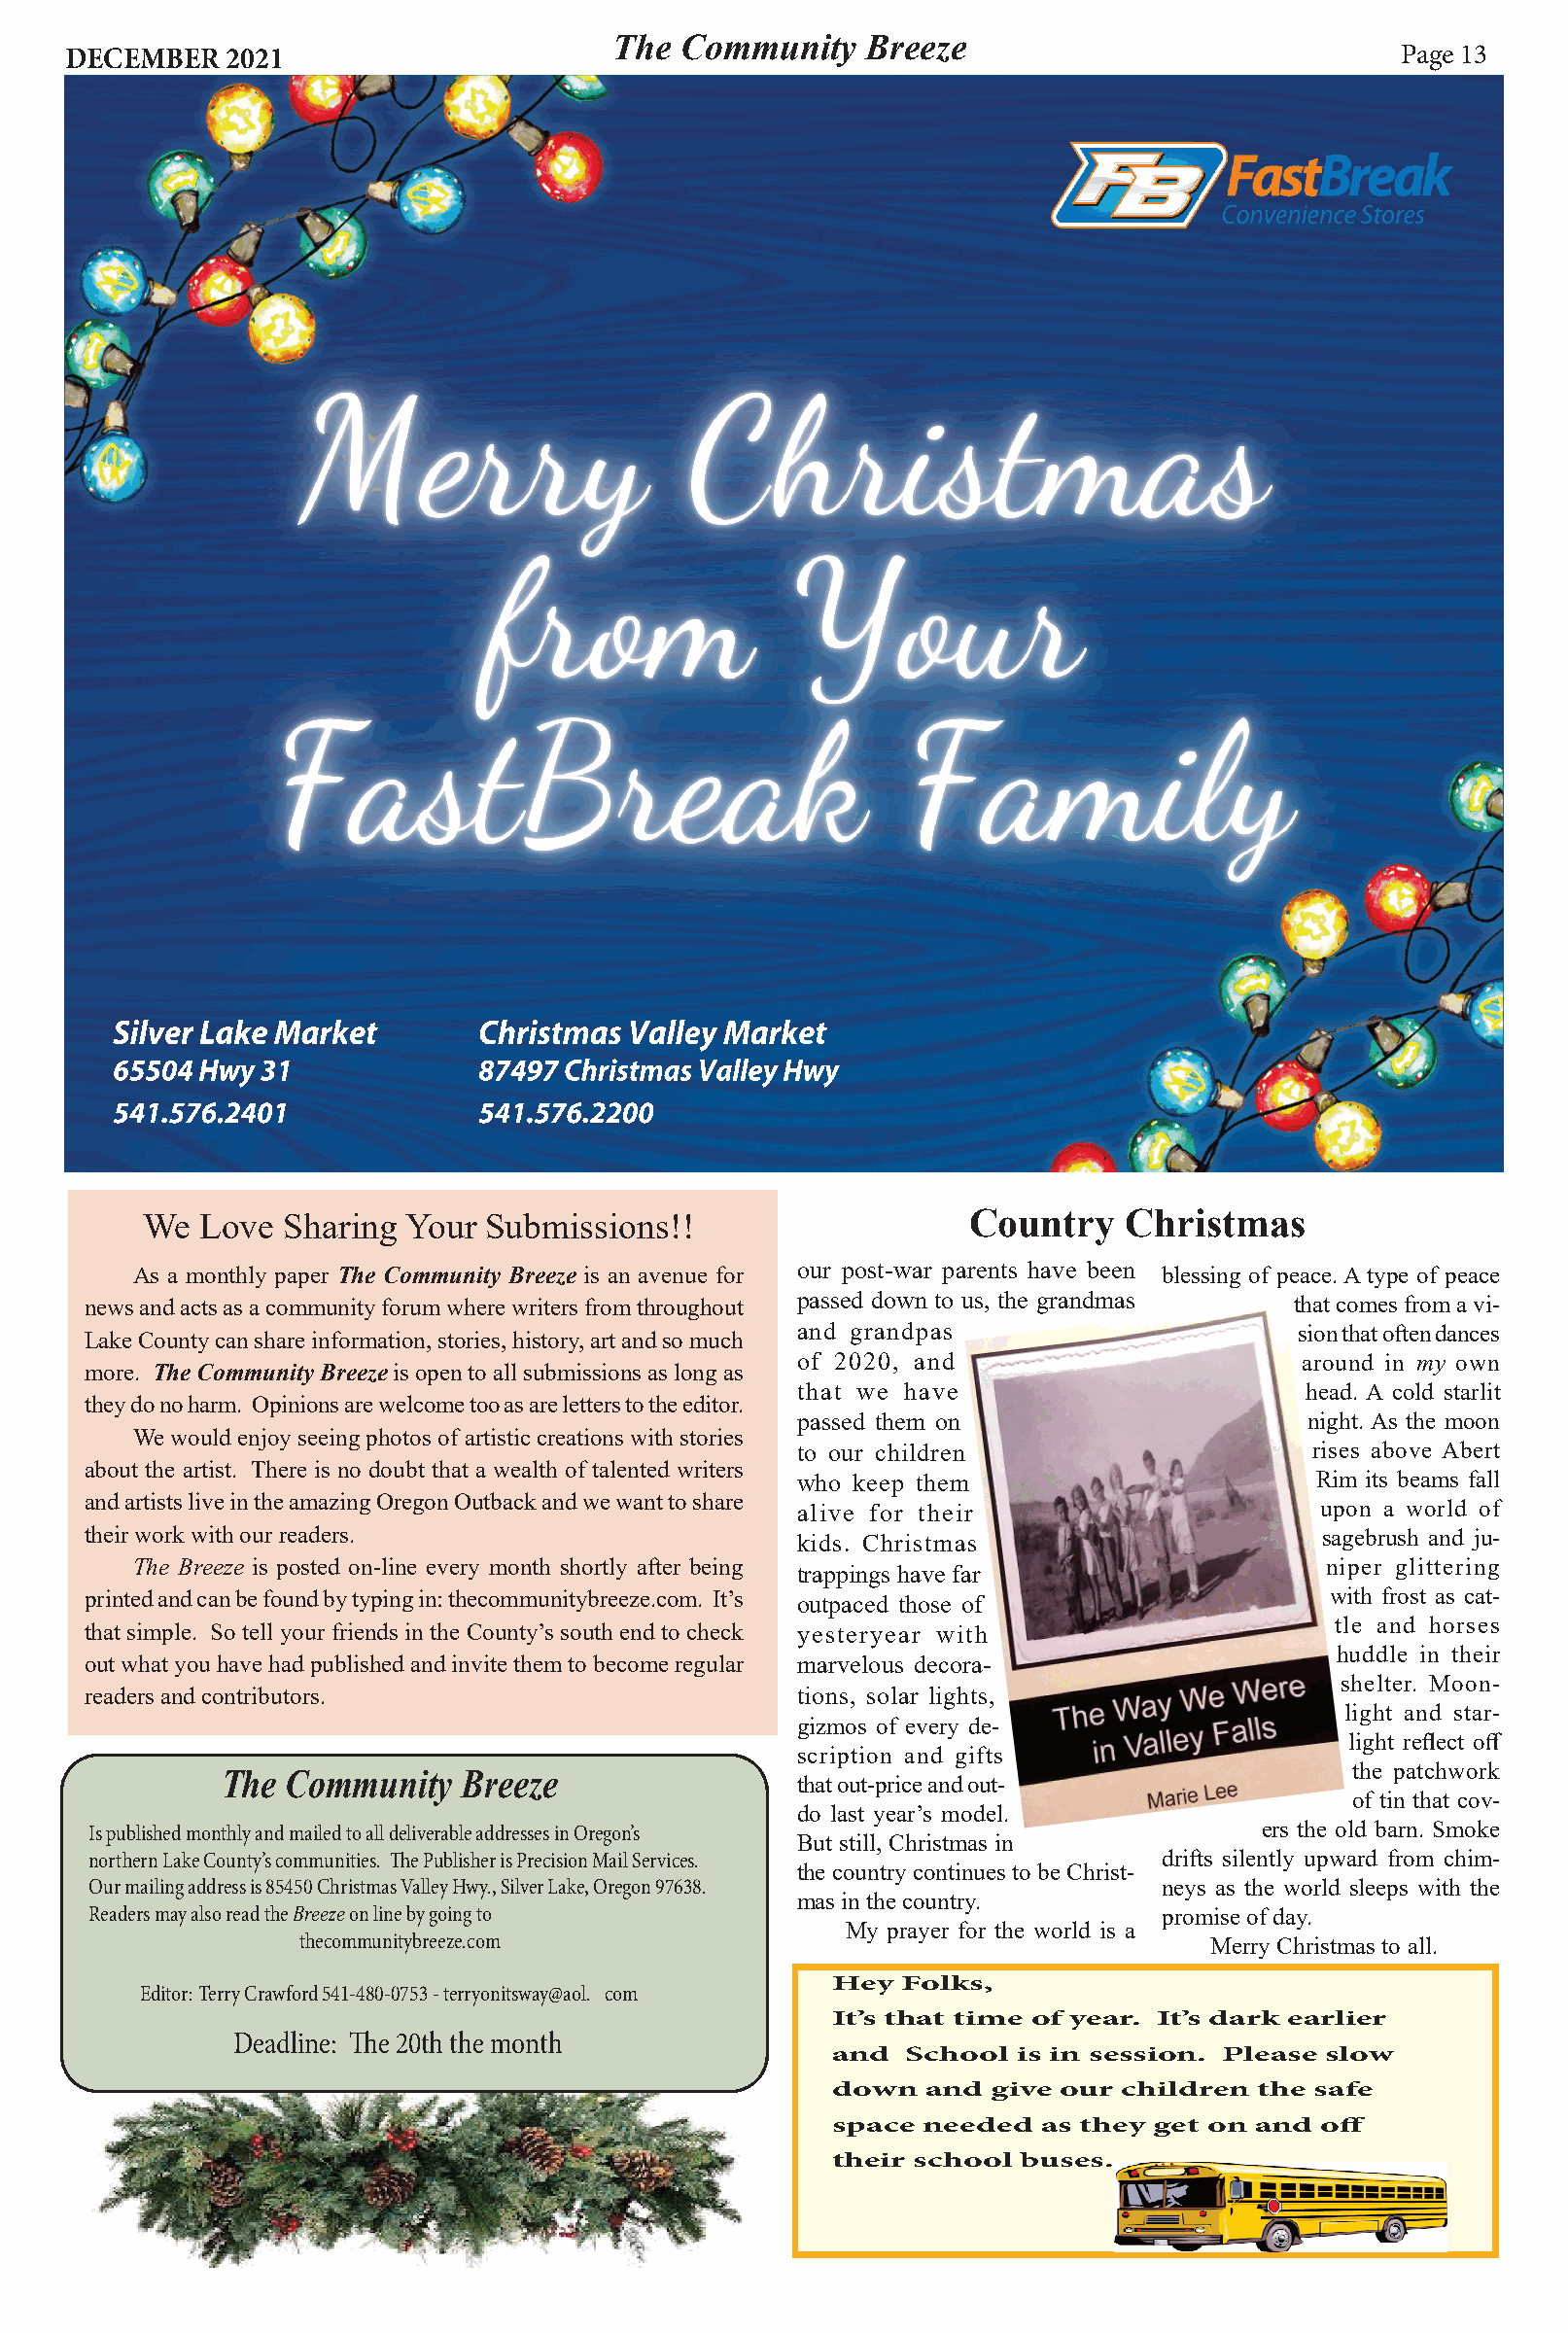
The Community    Breeze
 DECEMBER   2021                                                                            Page 13
 Silver Lake Market       Christmas Valley Market
 65504 Hwy 31             87497 Christmas Valley Hwy
 541.576.2401             541.576.2200
 We  Love Sharing  Your Submissions!!                    Country    Christmas
 As a monthly paper The Community Breeze is an avenue for our post-war parents have been blessing of peace. A type of peace
 news and acts as a community forum where writers from throughout passed down to us, the grandmas that comes from a vi-
 and grandpas                      sion that often dances
 Lake County can share information, stories, history, art and so much
 of 2020, and                       around in my own
 more. The Community Breeze is open to all submissions as long as
 that we have                       head. A cold starlit
 they do no harm. Opinions are welcome too as are letters to the editor.
 passed them on                     night. As the moon
 We would enjoy seeing photos of artistic creations with stories
 to our children                    rises above Abert
 about the artist. There is no doubt that a wealth of talented writers
 who keep them                       Rim its beams fall
 and artists live in the amazing Oregon Outback and we want to share
 alive for their                     upon a world of
 their work with our readers.                    kids. Christmas                     sagebrush and ju-
 The Breeze is posted on-line every month shortly after being                     niper glittering
 trappings have far
 printed and can be found by typing in: thecommunitybreeze.com. It’s outpaced those of with frost as cat-
 tle and horses
 that simple. So tell your friends in the County’s south end to check yesteryear with
 huddle in their
 out what you have had published and invite them to become regular marvelous decora-
 shelter. Moon-
 readers and contributors.                       tions, solar lights,
 light and star-
 gizmos of every de-
 light reflect off
 scription and gifts
 the patchwork
 The Community   Breeze                 that out-price and out-
 of tin that cov-
 do last year’s model.
 Is published monthly and mailed to all deliverable addresses in Oregon’s        ers the old barn. Smoke
 But still, Christmas in
 northern Lake County’s communities. The Publisher is Precision Mail Services. drifts silently upward from chim-
 the country continues to be Christ-
 Our mailing address is 85450 Christmas Valley Hwy., Silver Lake, Oregon 97638. neys as the world sleeps with the
 mas in the country.
 Readers may also read the Breeze on line by going to                     promise of day.
 My prayer for the world is a
 thecommunitybreeze.com                                        Merry Christmas to all.
 Hey Folks,
 Editor: Terry Crawford 541-480-0753 - terryonitsway@aol. com
 It’s that time of year. It’s dark earlier
 Deadline: The 20th the month
 and  School is in session. Please slow
 down  and give our children  the safe
 space needed  as they get on and off
 their school buses.